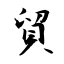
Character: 貿